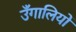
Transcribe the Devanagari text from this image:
उँगालियों